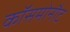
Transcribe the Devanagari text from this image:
कॉसमोनौट